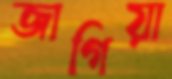
জাগিয়া